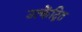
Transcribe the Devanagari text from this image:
उत्केंद्रित